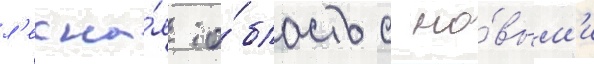
л'есна́я о́бласть с но́вым'и